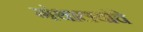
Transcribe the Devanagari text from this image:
गंथालयांचे